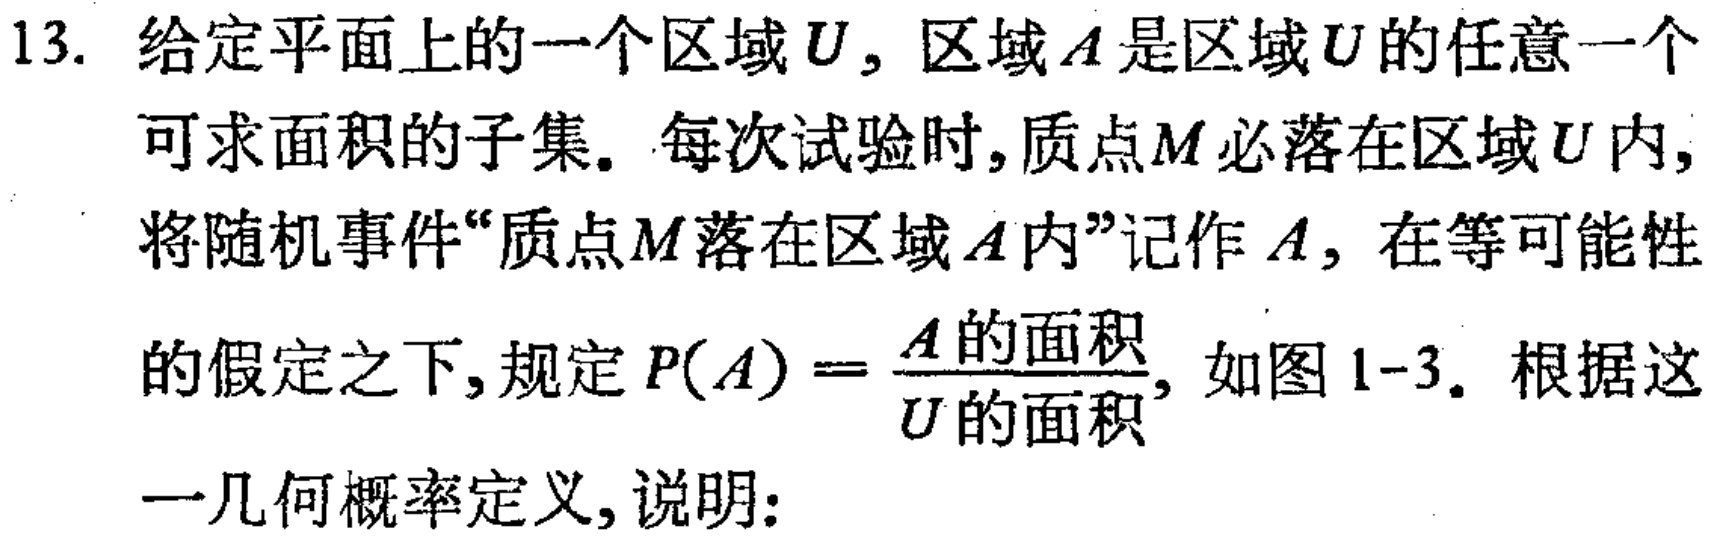
13. 给定平面上的一个区域\(U\)，区域\(A\)是区域\(U\)的任意一个可求面积的子集。每次试验时，质点\(M\)必落在区域\(U\)内，将随机事件“质点\(M\)落在区域\(A\)内”记作\(A\)，在等可能性的假定之下，规定\(P(A)=\frac{A 的面积}{U 的面积}\)，如图1-3。根据这一几何概率定义，说明：